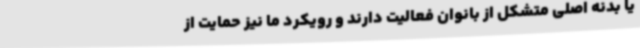
یا بدنه اصلی متشکل از بانوان فعالیت دارند و رویکرد ما نیز حمایت از